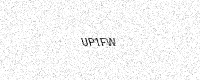
Text: UP1FW